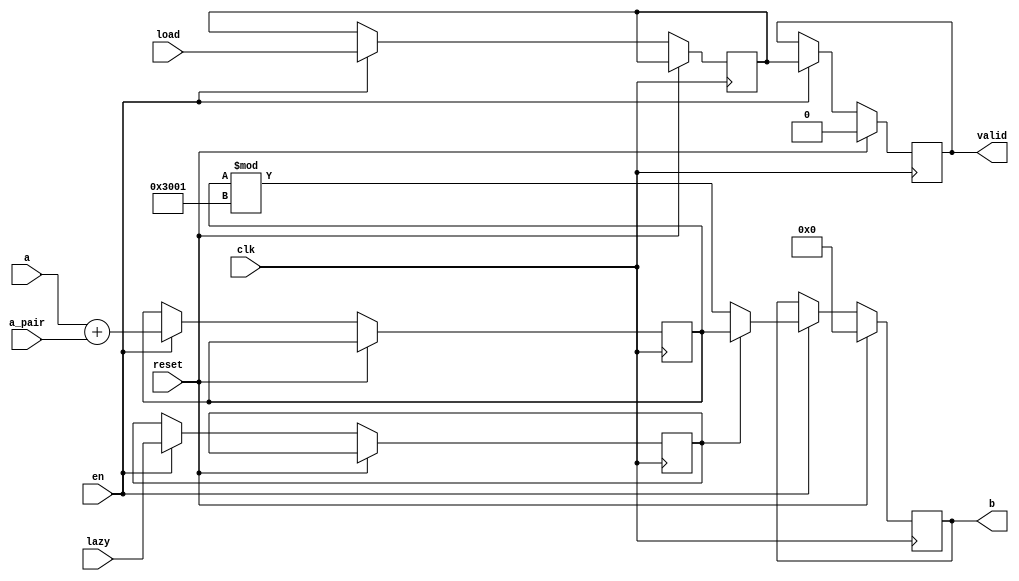
`timescale 1ns / 1ps
//////////////////////////////////////////////////////////////////////////////////
// Company: Virginia Tech
// 
// Module Name: ntt_adder
// Project Name: NTT 
// Description: Performs addition with or without reduction  based on 'lazy'
//  Expects start signal for 1 cycle to begin process. When finished done will
//  go high for 1 cycle and out will be set to ther reduced value. Reset is
//  synchronous
//////////////////////////////////////////////////////////////////////////////////


module ntt_adder(
    input clk,
    input load,
    input en,
    input reset,
    input lazy,
    input [15:0] a,
    input [15:0] a_pair,
    output [15:0] b,
    output valid // signals valid output
);

    // pipeline registers
    reg [15:0] REDUCE_a = 0, OUT_a;
    reg REDUCE_lazy = 0, REDUCE_load = 0, OUT_load = 0;
    
    assign b = OUT_a;
    assign valid = OUT_load;
    
    always @(posedge clk)  
    begin
        // synchronous reset 
        if (reset) begin
            OUT_a <= 16'b0;
            OUT_load <= 1'b0;
        end
        else if (en) begin
            // ADDITION calculation
            REDUCE_a <= a + a_pair;
            REDUCE_lazy <= lazy;
            REDUCE_load <= load;
            
            // REDUCTION calculation (if not lazy)
            OUT_a <= (REDUCE_lazy) ? REDUCE_a : REDUCE_a % 16'd12289;
            OUT_load <= REDUCE_load;
            
        end
    end

endmodule